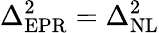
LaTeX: \Delta_{\mathrm{EPR}}^{2}=\Delta_{\mathrm{NL}}^{2}